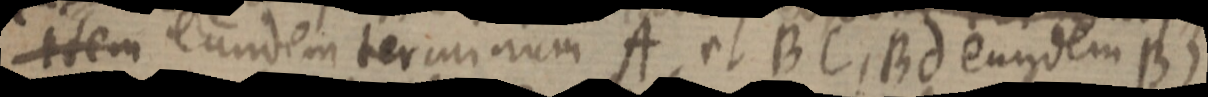
item eundem terminum A, et BC, Bd eundem B)